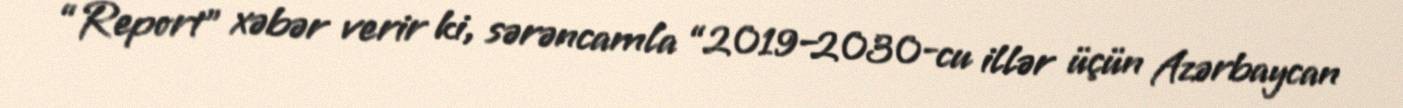
“Report” xəbər verir ki, sərəncamla “2019–2030-cu illər üçün Azərbaycan